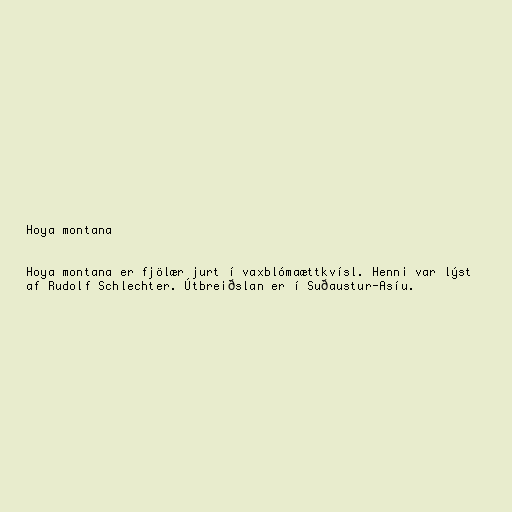
Hoya montana

Hoya montana er fjölær jurt í vaxblómaættkvísl. Henni var lýst
af Rudolf Schlechter. Útbreiðslan er í Suðaustur-Asíu.